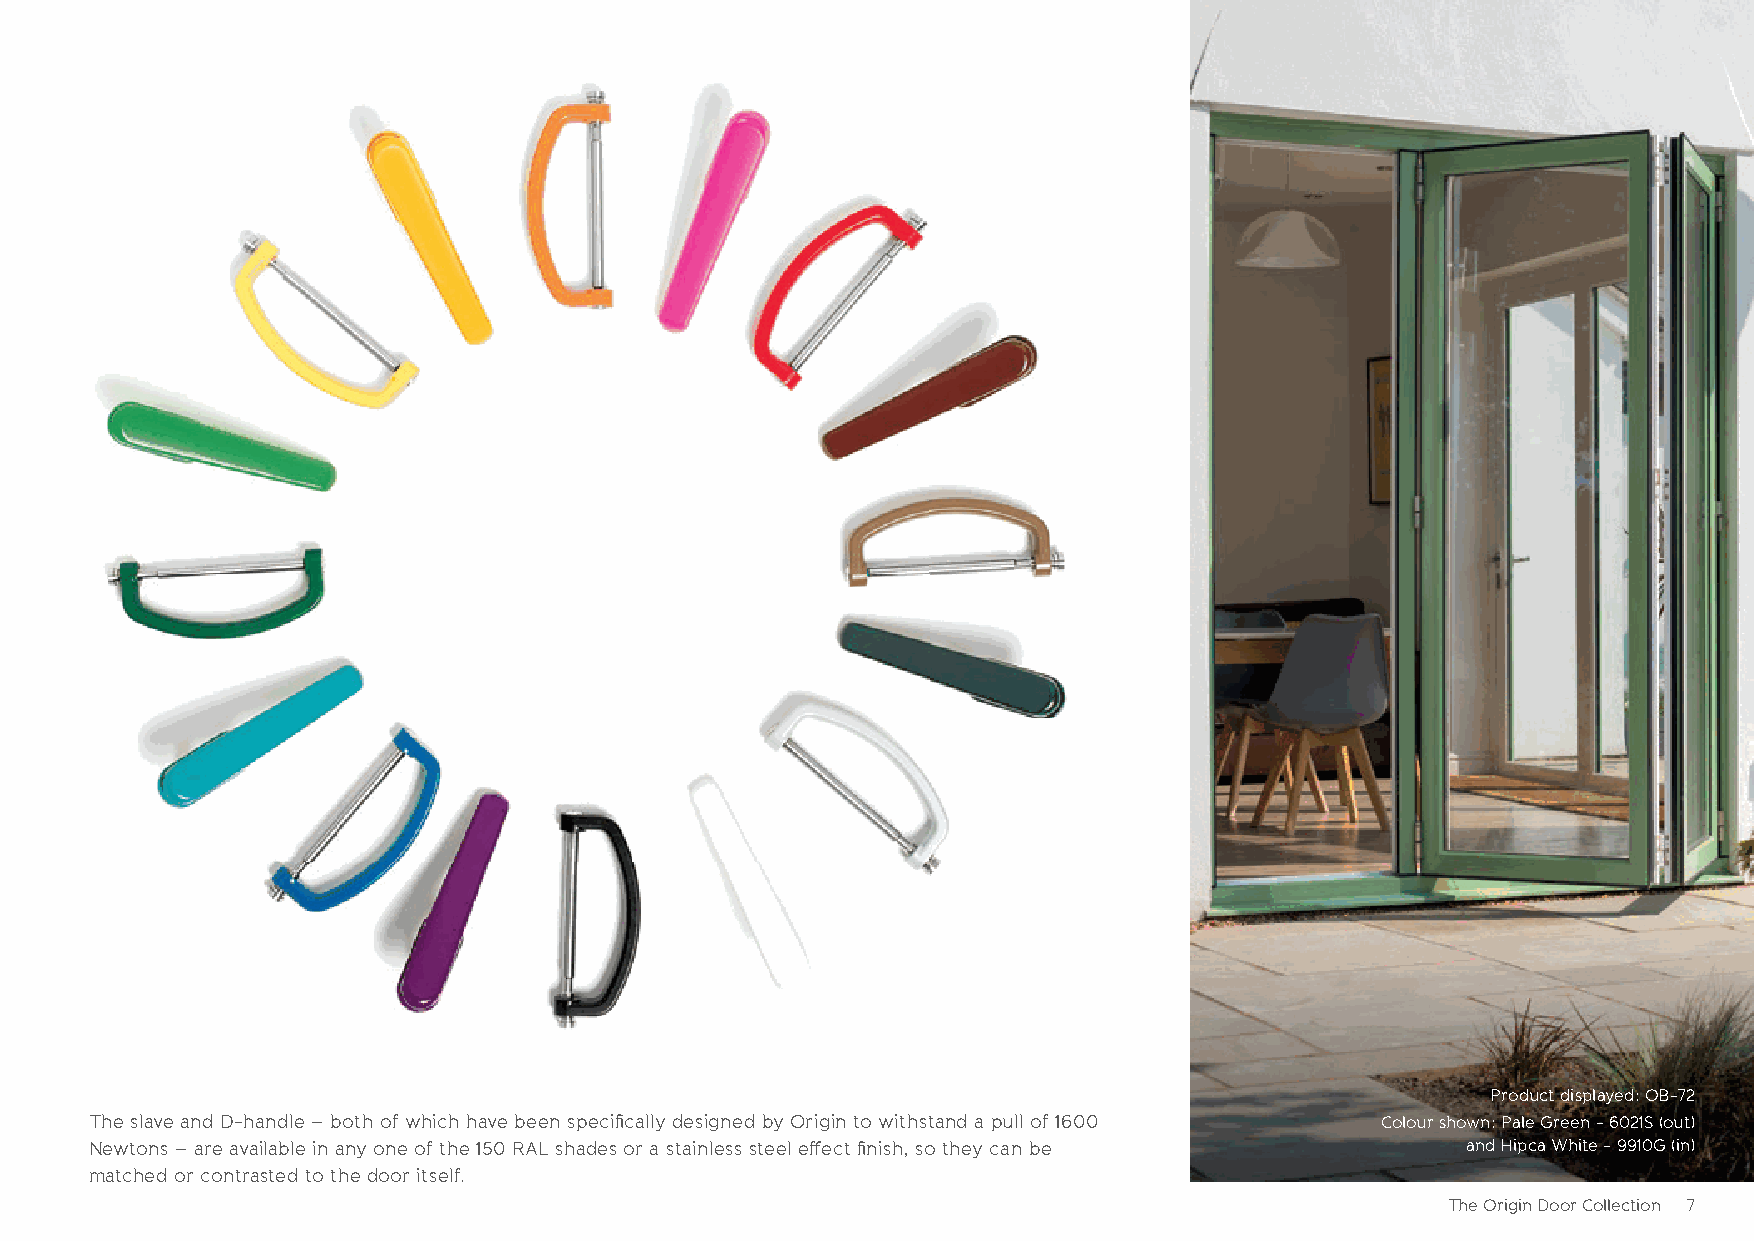
Product displayed: OB-72
 The slave and D-handle – both of which have been specifi cally designed by Origin to withstand a pull of 1600 Colour shown: Pale Green - 6021S (out)
 Newtons – are available in any one of the 150 RAL shades or a stainless steel eff ect fi nish, so they can be and Hipca White - 9910G (in)
 matched or contrasted to the door itself.
 The Origin Door Collection 7